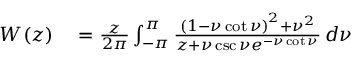
\begin{array} { r l } { W ( z ) } & { { } = { \frac { z } { 2 \pi } } \int _ { - \pi } ^ { \pi } { \frac { \left( 1 - \nu \cot \nu \right) ^ { 2 } + \nu ^ { 2 } } { z + \nu \csc \nu e ^ { - \nu \cot \nu } } } \, d \nu } \end{array}